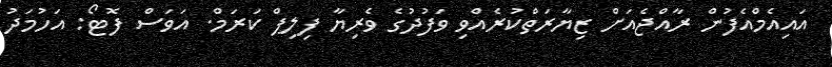
އައިއެމްއެފުން ރާއްޖެއަށް ޒިޔާރަތްކުރެއްވި ވަފުދުގެ ވެރިޔާ ފިލިޕް ކަރަމް. އަވަސް ފޮޓޯ: އަހުމަދު